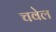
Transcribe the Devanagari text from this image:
चवेल